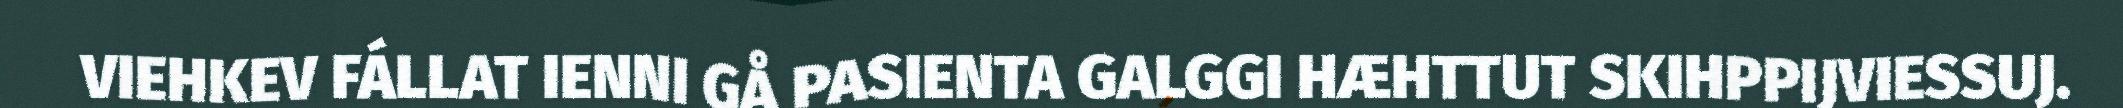
VIEHKEV FÁLLAT IENNI GÅ PASIENTA GALGGI HÆHTTUT SKIHPPIJVIESSUJ.